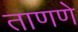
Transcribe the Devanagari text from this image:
ताणणे